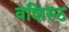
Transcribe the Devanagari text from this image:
वशिस्ठ